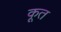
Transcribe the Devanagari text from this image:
कूत